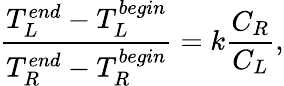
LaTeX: \frac{T_{L}^{end}-T_{L}^{begin}}{T_{R}^{end}-T_{R}^{begin}}=k\frac{C_{R}}{C_{L}},